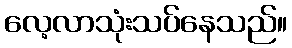
လေ့လာသုံးသပ်နေသည်။